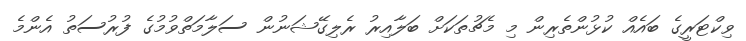
ވިކްޓަރީގެ ބައެއް ކުޅުންތެރިން މި މެޗުތަކަށް ބަލާއިރު ރެލިގޭޝަނުން ސަލާމަތްވުމުގެ ފުރުސަތު އެންމެ